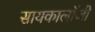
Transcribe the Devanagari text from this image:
सायकालॉजी